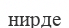
нирде